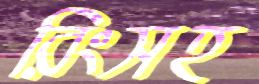
রিংসহ